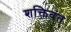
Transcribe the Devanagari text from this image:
शक्तिवंत